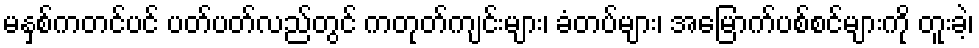
မနှစ်ကတင်ပင် ပတ်ပတ်လည်တွင် ကတုတ်ကျင်းများ၊ ခံတပ်များ၊ အမြောက်ပစ်စင်များကို တူးခဲ့၊